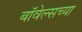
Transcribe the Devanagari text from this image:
बॉवेल्सच्या